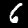
Digit: 6